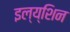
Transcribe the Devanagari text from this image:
इल्य्शिन